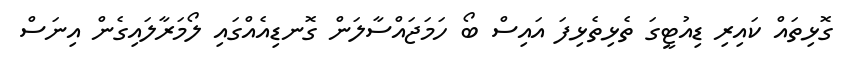
ގޮޅިތައް ކައިރި ޑިއުޓީގަ ތެޅިތެޅިފަ އައިސް ބޯ ހަމަޖައްސާލަން ގޮނޑިއެއްގައި ލޯމަރާލައިގެން އިނަސް